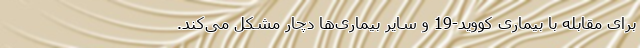
برای مقابله با بیماری کووید-19 و سایر بیماری‌ها دچار مشکل می‌کند.